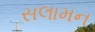
સલામન